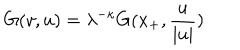
LaTeX: G ( v , u ) = \lambda ^ { - \kappa } G ( x _ { + } , \frac { u } { \mid u \mid } )